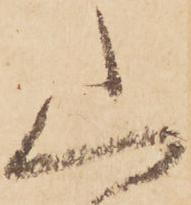
山